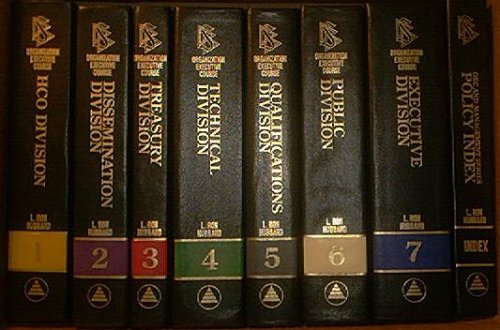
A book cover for Scientology-Organization Executive Course. OEC 0-7, Management Series 1-3 & Index. 12 volumes in all.; L. Ron Hubbard; Religion & Spirituality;